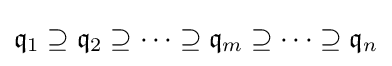
{\mathfrak {q}}_{1}\supseteq {\mathfrak {q}}_{2}\supseteq \cdots \supseteq {\mathfrak {q}}_{m}\supseteq \cdots \supseteq {\mathfrak {q}}_{n}